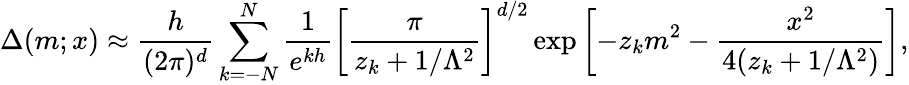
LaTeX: \Delta(m;x)\approx\frac{h}{(2\pi)^{d}}\sum_{k=-N}^{N}\frac{1}{e^{kh}}\left[\frac{\pi}{z_{k}+1/\Lambda^{2}}\right]^{d/2}\exp\left[-z_{k}m^{2}-\frac{x^{2}}{4(z_{k}+1/\Lambda^{2})}\right],